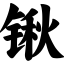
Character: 锹